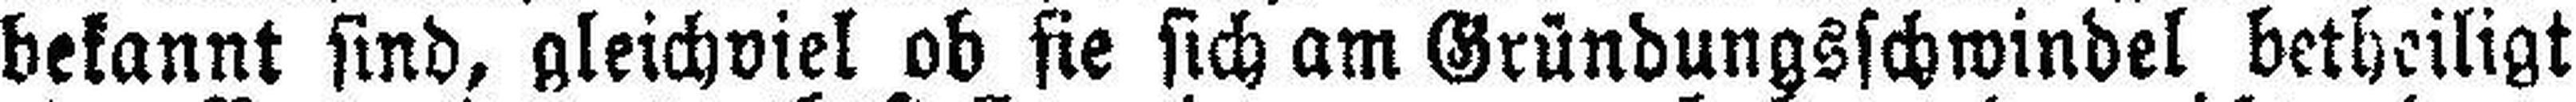
bekannt sind, gleichviel ob sie sich am Gründungsschwindel betheiligt